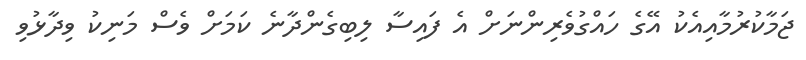
ޖަމާކުރުމާއިއެކު އޭގެ ހައްގުވެރިންނަށް އެ ފައިސާ ލިބިގެންދާނެ ކަމަށް ވެސް މަނިކު ވިދާޅުވި